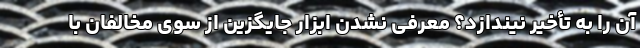
آن را به تأخیر نیندازد؟ معرفی نشدن ابزار جایگزین از سوی مخالفان با